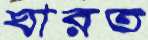
ঘারত